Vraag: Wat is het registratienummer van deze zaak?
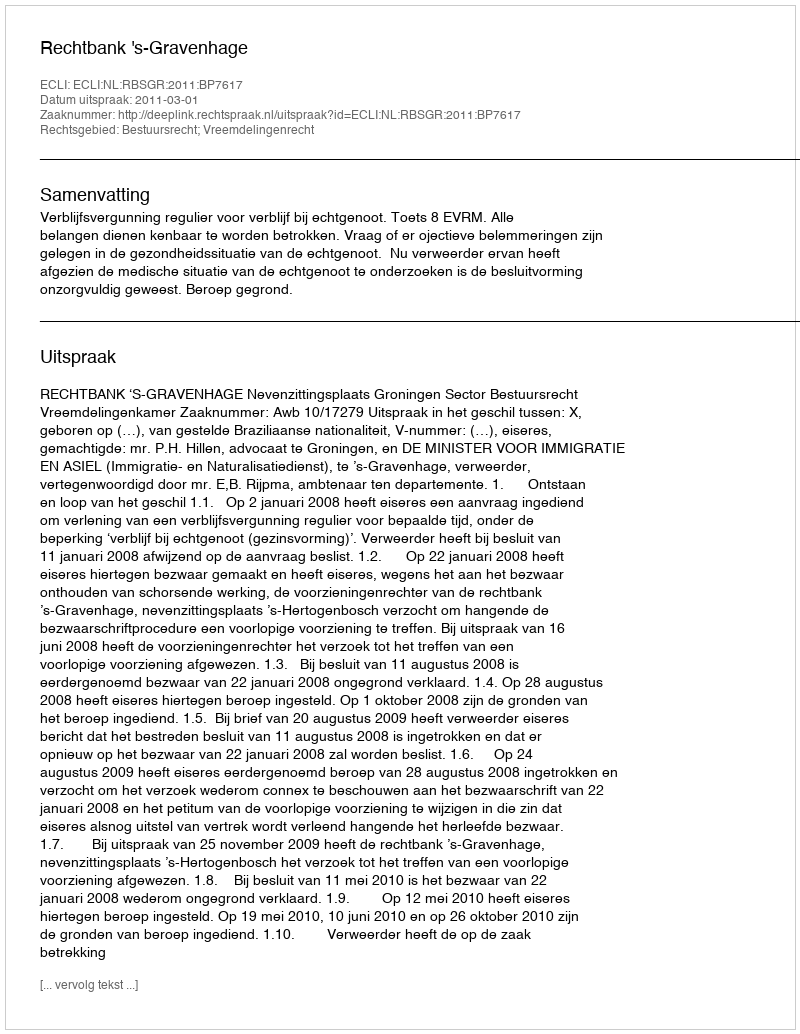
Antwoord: http://deeplink.rechtspraak.nl/uitspraak?id=ECLI:NL:RBSGR:2011:BP7617